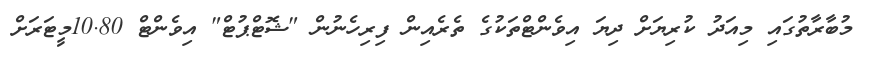
މުބާރާތުގައި މިއަދު ކުރިޔަށް ދިޔަ އިވެންޓްތަކުގެ ތެރެއިން ފިރިހެނުން "ޝޮޓްޕުޓް" އިވެންޓް 10.80މީޓަރަށް